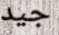
جيد